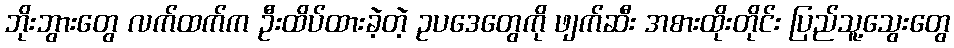
ဘိုးဘွားတွေ လက်ထက်က ဦးထိပ်ထားခဲ့တဲ့ ဥပဒေတွေကို ဖျက်ဆီး အစားထိုးတိုင်း ပြည်သူ့သွေးတွေ